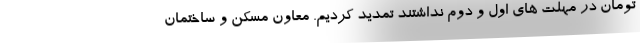
تومان در مهلت های اول و دوم نداشتند تمدید کردیم. معاون مسکن و ساختمان